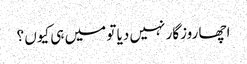
اچھا روزگار نہیں دیا تو میں ہی کیوں ؟